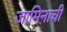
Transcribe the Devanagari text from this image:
जामिनाची